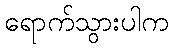
ရောက်သွားပါက